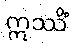
ဣဿိံ